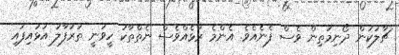
ޗާލުކަން ދޯނިމަތިން ވެސް ފެނެއެވެ. އެންމެ ރާޅެއްވެސް ނެތްތާކު ހީވަނީ ތަރުފާލު އަޅައިފައި